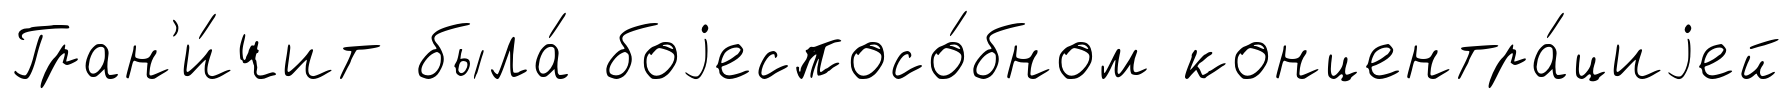
Гран'и́чит была́ боjеспосо́бном концентра́циjей